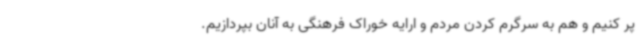
پر کنیم و هم به سرگرم کردن مردم و ارایه خوراک فرهنگی به آنان بپردازیم.